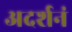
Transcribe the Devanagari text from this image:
अदर्शनं